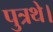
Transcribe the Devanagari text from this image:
पुत्रथे।